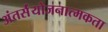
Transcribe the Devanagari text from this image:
अंतर्संयोजनात्मकता